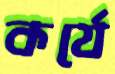
কর্যে